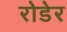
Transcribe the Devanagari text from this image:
रोडेर